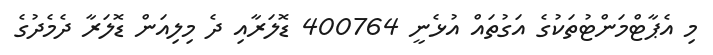
މި އެޕާޓްމަންޓުތަކުގެ އަގުތައް އުޅެނީ 400764 ޑޮލަރާއި ދެ މިލިއަން ޑޮލަރާ ދެމެދުގެ